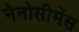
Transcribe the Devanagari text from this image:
नैनोसीमेंस